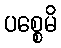
ပစ္စေမိ